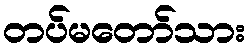
တပ်မတော်သား